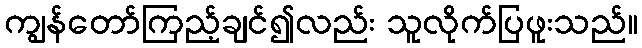
ကျွန်တော်ကြည့်ချင်၍လည်း သူလိုက်ပြဖူးသည်။